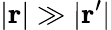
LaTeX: |\mathbf{r}|\gg|\mathbf{r}^{\prime}|